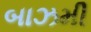
બાઝમી